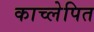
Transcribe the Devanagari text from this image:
काच्लेपित